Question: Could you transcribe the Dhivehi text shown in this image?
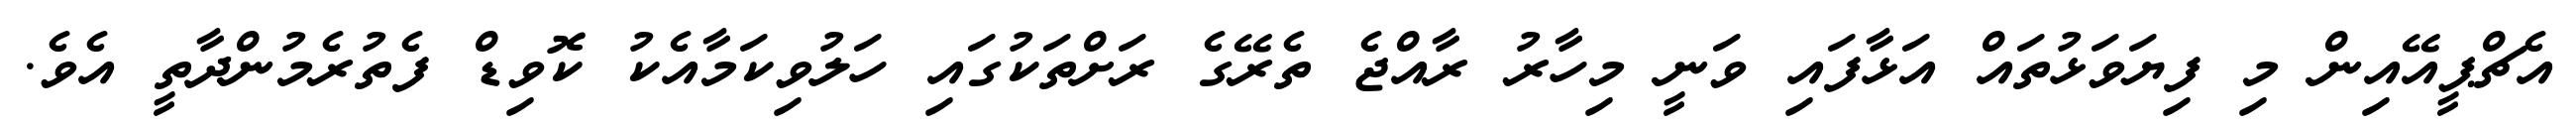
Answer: އެޗްޕީއޭއިން މި ފިޔަވަޅުތައް އަޅާފައި ވަނީ މިހާރު ރާއްޖެ ތެރޭގެ ރަށްތަކުގައި ހަލުވިކަމާއެކު ކޮވިޑް ފެތުރެމުންދާތީ އެވެ.